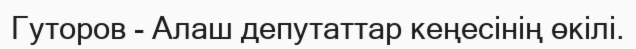
Гуторов - Алаш депутаттар кеңесінің өкілі.